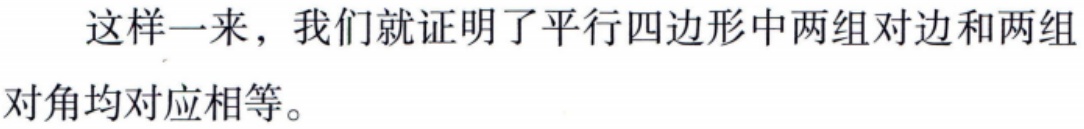
这样一来，我们就证明了平行四边形中两组对边和两组对角均对应相等。